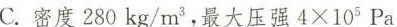
C.密度280kg/m^{3}，最大压强4×105Pa